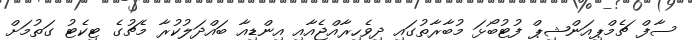
ސާފް ޗެމްޕިއަންޝިޕް ފުޓުބޯޅަ މުބާރާތުގައި ދިވެހިރާއްޖެއާއި އިންޑިއާ ބައްދަލުކުރާ މެޗުގެ ޓިކެޓު ގަތުމަށް